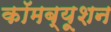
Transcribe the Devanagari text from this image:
कॉमब्यूशन